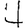
Digit: 4